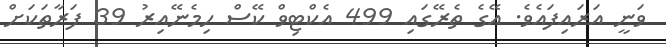
ވަނީ އަރައިފައެވެ. އޭގެ ތެރޭގައި 499 އެކްޓިވް ކޭސް ހިމެނޭއިރު 39 ފަރާތަކަށް